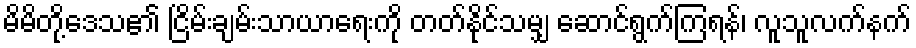
မိမိတို့ဒေသ၏ ငြိမ်းချမ်းသာယာရေးကို တတ်နိုင်သမျှ ဆောင်ရွက်ကြရန်၊ လူသူလက်နက်